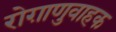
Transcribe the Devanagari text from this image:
रोग़ाणुवाहक